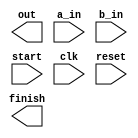
//-----------------------------------------------------------------------------
//
// Title       : dffModule
// Design      : dffDesign
// Company     : Indian Institute of Technology Guwahati
//
//-----------------------------------------------------------------------------
//
// Description :   Add-shift Multiplier
//
//-----------------------------------------------------------------------------
`timescale 1 ns / 1 ps

module multiplier(
	out, a_in, b_in, start, clk, reset, finish);
	
	parameter N = 8;
	
	//Inputs
	input start, clk, reset;
	input [N-1:0] a_in;
	input [N-1:0] b_in;
	
	//Outputs
	output[N*2:0] out;
	output finish;
	
	//Registers	  
	reg [(N*2)-1:0] out_reg;
	reg [(N*2)-1:0] a_in_reg;
	reg [(N*2)-1:0] b_in_reg;
	reg [(N*2)-1:0] bits;
	reg finish_reg = 0;
	
	//Reset
	always @ (negedge reset)
		begin
			out_reg = 0;
			a_in_reg = 0;
			b_in_reg = 0;
			
		end
//-----------------------------------------------------------------------------
//			 'a' is multiplicand
//			 'b' is the multiplier
//-----------------------------------------------------------------------------		
	always @ (posedge clk)
		begin
			if(!reset)
				begin
					case(start)
						1'b0: begin
							a_in_reg = a_in;
							b_in_reg = b_in;
							bits = N;
							finish_reg = 0;
							out_reg = 0;
							  end
						
						1'b1: begin
							if(b_in_reg[0] == 1) //for 1 in the LSB of the multiplier
								begin
									out_reg = out_reg + a_in_reg;
								end
							
							bits = bits - 1;
							a_in_reg = a_in_reg<<1;
							b_in_reg = b_in_reg>>1;
							  end
					endcase
					
					if(bits == 0)
						begin
							$display("Multiplication completed");
							finish_reg = 1'b1;
						end

			    end
	    end
		
endmodule